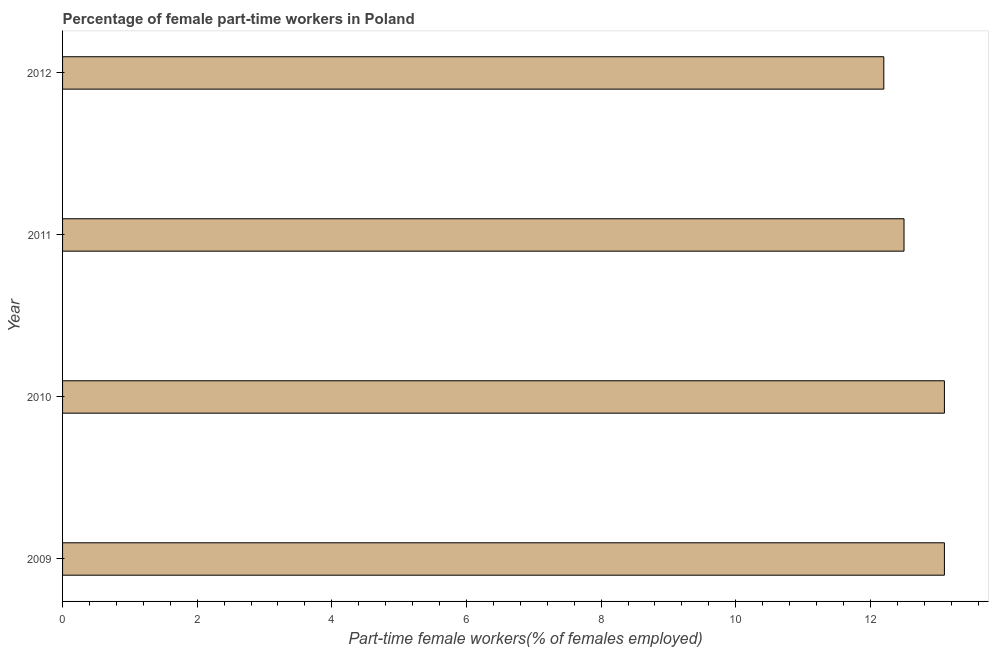
| Year | Part time employment |
 | --- | --- |
 | 2009 | 13.1 |
 | 2010 | 13.1 |
 | 2011 | 12.5 |
 | 2012 | 12.2 |